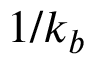
1 / k _ { b }